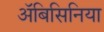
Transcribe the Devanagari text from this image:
अॅबिसिनिया